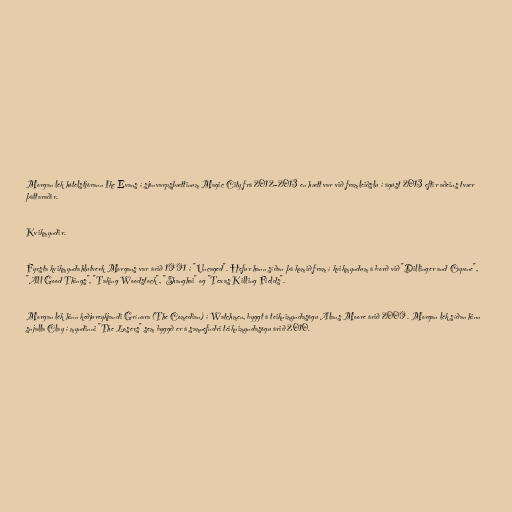
Morgan lék hótelstjórann Ike Evans í sjónvarpsþættinum Magic City frá 2012-2013 en hætt var við framleiðslu í ágúst 2013 eftir aðeins tvær
þáttaraðir.

Kvikmyndir.

Fyrsta kvikmyndahlutverk Morgans var árið 1991 í "Uncaged". Hefur hann síðan þá komið fram í kvikmyndum á borð við "Dillinger and Capone",
"All Good Things", "Taking Woodstock", "Shanghai" og "Texas Killing Fields".

Morgan lék hinn keðjureykjandi Grínara (The Comedian) í Watchmen, byggt á teiknimyndasögu Alans Moore árið 2009. Morgan lék síðan hinn
snjalla Clay í myndinni "The Losers" sem byggð er á samnefndri teiknimyndasögu árið 2010.